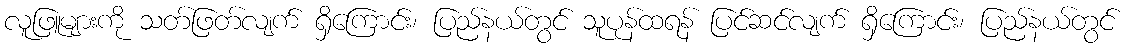
လူဖြူများကို သတ်ဖြတ်လျက် ရှိကြောင်း၊ ပြည်နယ်တွင် သူပုန်ထရန် ပြင်ဆင်လျက် ရှိကြောင်း၊ ပြည်နယ်တွင်